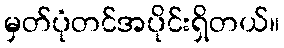
မှတ်ပုံတင်အပိုင်းရှိတယ်။